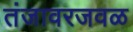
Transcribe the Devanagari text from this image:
तंजावरजवळ